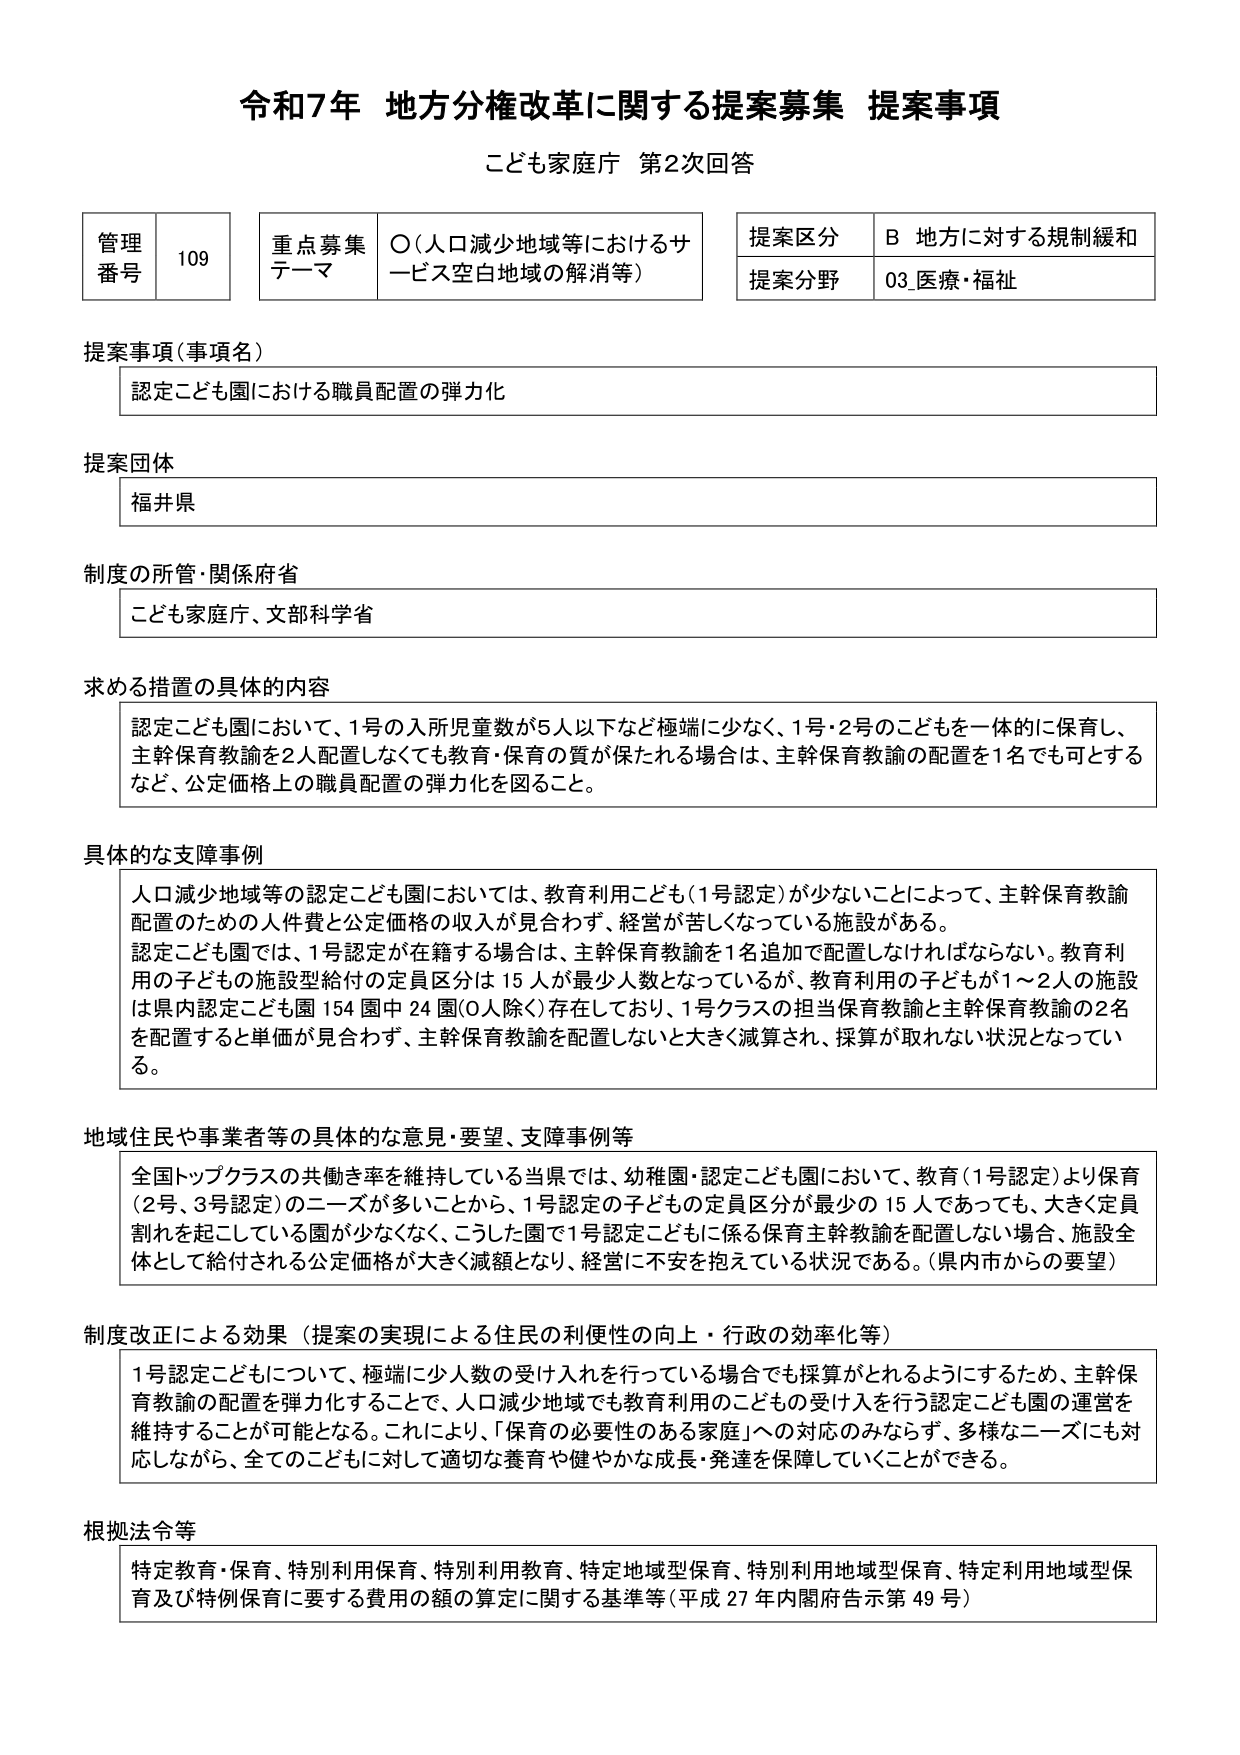
令和7年 地方分権改革に関する提案募集 提案事項
こども家庭庁 第2次回答

管理番号 109
重点募集テーマ ○（人口減少地域等におけるサービス空白地域の解消等）
提案区分 B 地方に対する規制緩和
提案分野 03_医療・福祉

提案事項（事項名）
認定こども園における職員配置の弾力化

提案団体
福井県

制度の所管・関係府省
こども家庭庁、文部科学省

求める措置の具体的内容
認定こども園において、1号の入所児童数が5人以下など極端に少なく、1号・2号のこどもを一体的に保育し、主幹保育教諭を2人配置しなくても教育・保育の質が保たれる場合は、主幹保育教諭の配置を1名でも可とするなど、公定価格上の職員配置の弾力化を図ること。

具体的な支障事例
人口減少地域等の認定こども園においては、教育利用こども（1号認定）が少ないことによって、主幹保育教諭配置のための人件費と公定価格の収入が見合わず、経営が苦しくなっている施設がある。
認定こども園では、1号認定が在籍する場合は、主幹保育教諭を1名追加で配置しなければならない。教育利用の子どもの施設型給付の定員区分は15人が最少人数となっているが、教育利用の子どもが1～2人の施設は県内認定こども園154園中24園（0人除く）存在しており、1号クラスの担当保育教諭と主幹保育教諭の2名を配置すると単価が見合わず、主幹保育教諭を配置しないと大きく減算され、採算が取れない状況となっている。

地域住民や事業者等の具体的な意見・要望、支障事例等
全国トップクラスの共働き率を維持している当県では、幼稚園・認定こども園において、教育（1号認定）より保育（2号、3号認定）のニーズが多いことから、1号認定の子どもの定員区分が最少の15人であっても、大きく定員割れを起こしている園が少なくなく、こうした園で1号認定こどもに係る保育主幹教諭を配置しない場合、施設全体として給付される公定価格が大きく減額となり、経営に不安を抱えている状況である。（県内市からの要望）

制度改正による効果（提案の実現による住民の利便性の向上・行政の効率化等）
1号認定こどもについて、極端に少人数の受け入れを行っている場合でも採算がとれるようにするため、主幹保育教諭の配置を弾力化することで、人口減少地域でも教育利用のこどもの受け入れを行う認定こども園の運営を維持することが可能となる。これにより、「保育の必要性のある家庭」への対応のみならず、多様なニーズにも対応しながら、全てのこどもに対して適切な養育や健やかな成長・発達を保障していくことができる。

根拠法令等
特定教育・保育、特別利用保育、特別利用教育、特定地域型保育、特別利用地域型保育、特定利用地域型保育及び特別保育に要する費用の額の算定に関する基準等（平成27年内閣府告示第49号）